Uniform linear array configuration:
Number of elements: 64
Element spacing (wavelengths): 0.25
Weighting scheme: kaiser
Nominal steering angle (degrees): -45
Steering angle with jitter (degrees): -44.055
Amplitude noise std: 0.05
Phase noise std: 0.05

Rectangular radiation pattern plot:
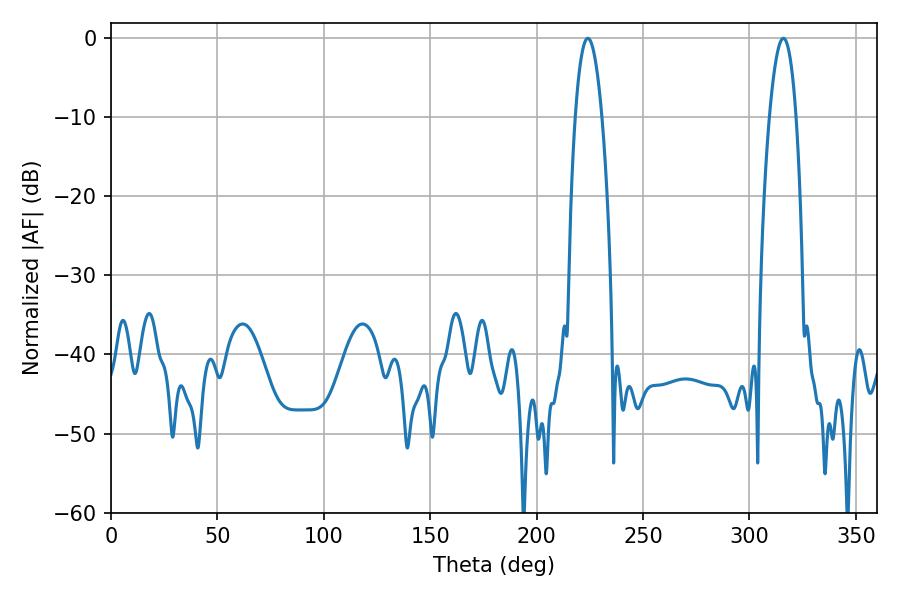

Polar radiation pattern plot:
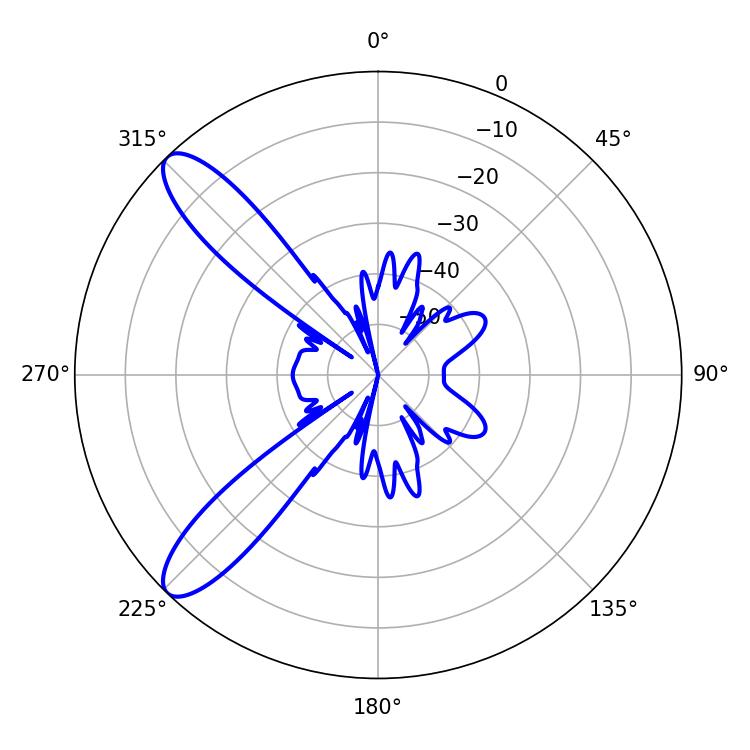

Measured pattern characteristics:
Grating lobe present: FALSE
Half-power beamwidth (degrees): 7.02
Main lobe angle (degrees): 224.1